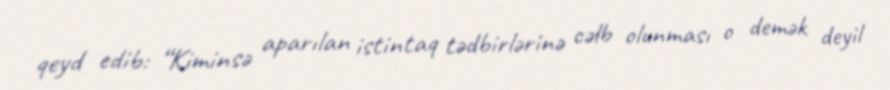
qeyd edib: “Kiminsə aparılan istintaq tədbirlərinə cəlb olunması o demək deyil